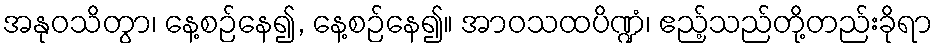
အနုဝသိတွာ၊ နေ့စဉ်နေ၍, နေ့စဉ်နေ၍။ အာဝသထပိဏ္ဍံ၊ ဧည့်သည်တို့တည်းခိုရာ